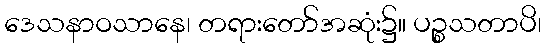
ဒေသနာဝသာနေ၊ တရားတော်အဆုံး၌။ ပဉ္စသတာပိ၊